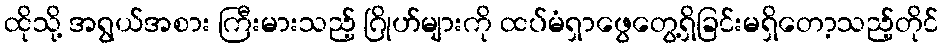
ထိုသို့ အရွယ်အစား ကြီးမားသည့် ဂြိုဟ်များကို ထပ်မံရှာဖွေတွေ့ရှိခြင်းမရှိတော့သည့်တိုင်